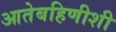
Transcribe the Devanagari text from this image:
आतेबहिणीशी